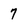
Character: 7